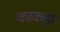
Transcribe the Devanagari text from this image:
काकड़ां